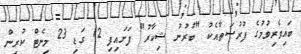
ބައިވެރިވުމުގެ ފުރުސަތާއެކު "ބުރުނު ޝިކާރު" ފަށައިފި 12 ގަޑި 23 މިނެޓް ކުރިން